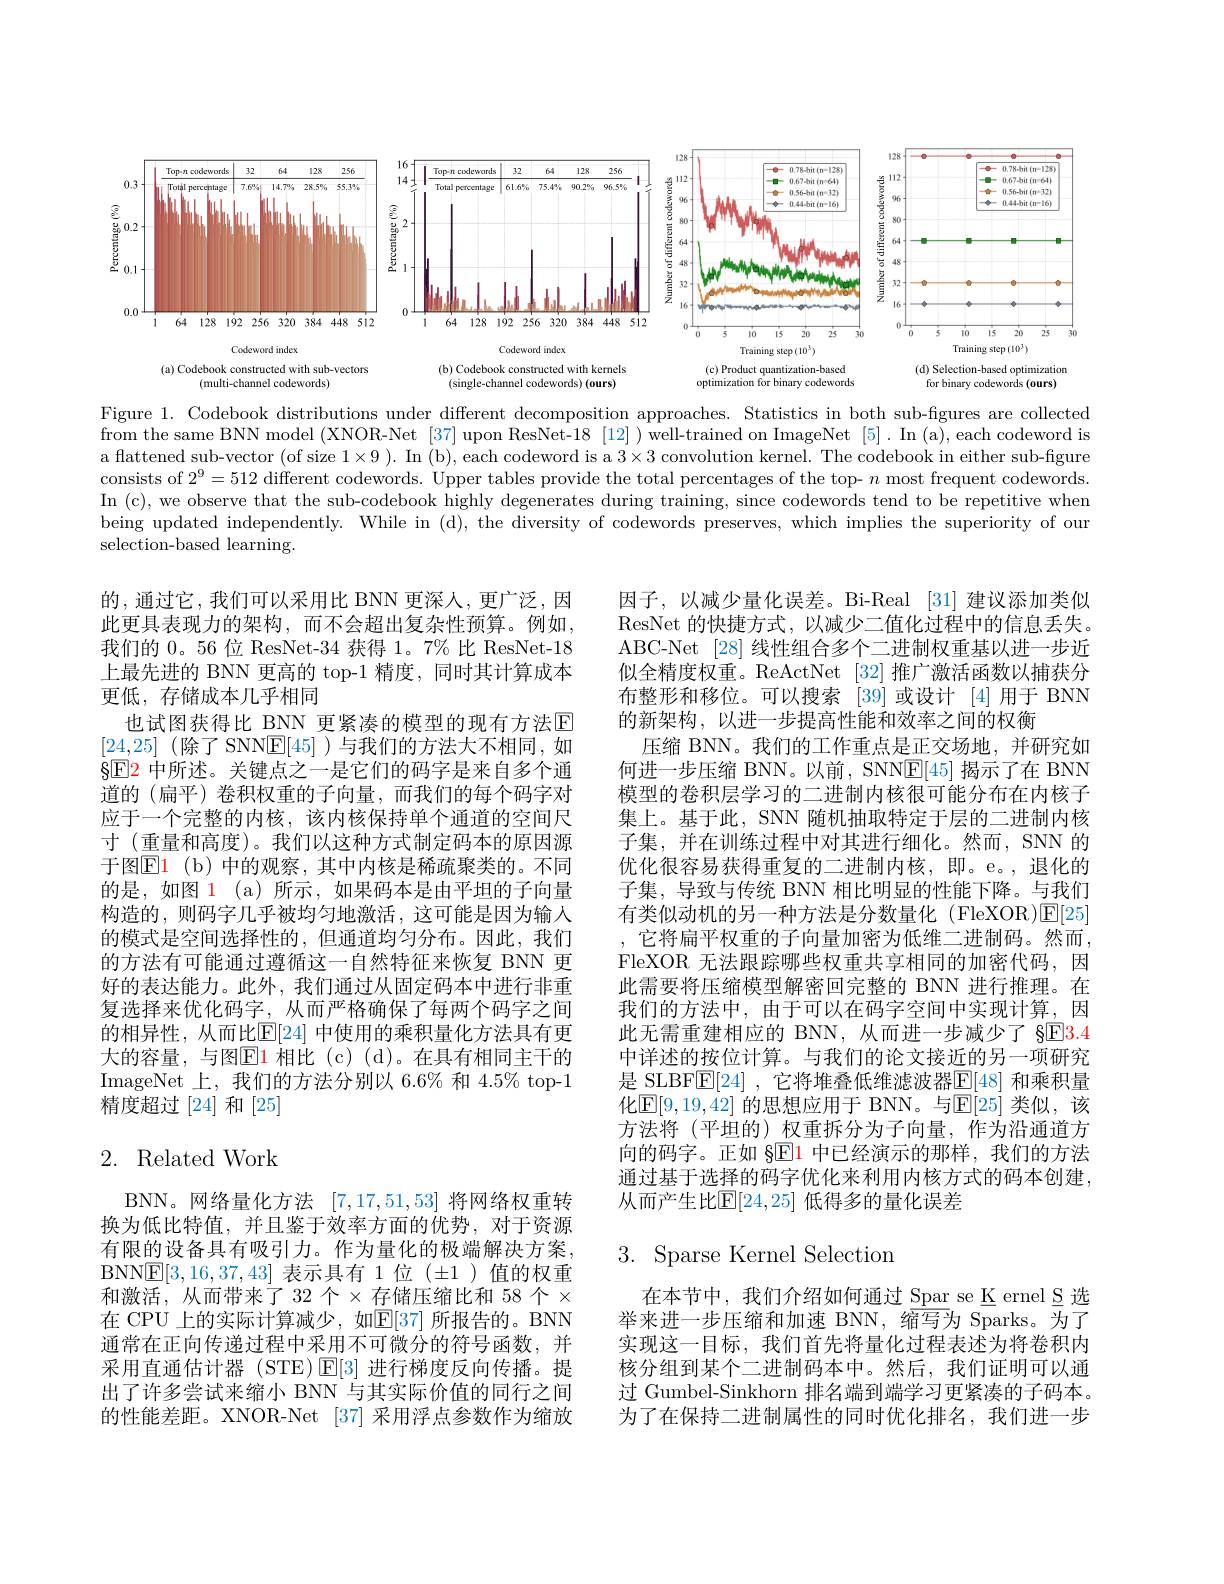
<FigureHere>

Figure 1. Codebook distributions under different decomposition approaches. Statistics in both sub-figures are collected from the same BNN model (XNOR-Net [37] upon ResNet-18 [12] ) well-trained on ImageNet [5] . In (a), each codeword is a flattened sub-vector (of size $1\times9).$ In (b), each codeword is a $3\times3$ convolution kernel. The codebook in either sub-figure consists of $2^9= 512$ different codewords. Upper tables provide the total percentages of the top- $n$ most frequent codewords In (c), we observe that the sub-codebook highly degenerates during training, since codewords tend to be repetitive when being updated independently. While in (d), the diversity of codewords preserves, which implies the superiority of our selection-based learning.

的，通过它，我们可以采用比 BNN 更深人，更广泛，因此更具表现力的架构，而不会超出复杂性预算。例如， 我们的0。56 位 ResNet-34 获得 1。7% 比 ResNet-18上最先进的 BNN 更高的 top-1 精度，同时其计算成本更低，存储成本几乎相同
也试图获得比 BNN 更紧凑的模型的现有方法$\mathbb{E}$ [24,25](除了SNN$\underline{\mathrm{E}}[45]$)与我们的方法大不相同，如$\S$E2 中所述。关键点之一是它们的码字是来自多个通道的 (扁平) 卷积权重的子向量，而我们的每个码字对应于一个完整的内核，该内核保持单个通道的空间尺寸 (重量和高度)。我们以这种方式制定码本的原因源于图E1 ( b) 中的观察，其中内核是稀疏聚类的。不同的是，如图 1 (a) 所示，如果码本是由平坦的子向量构造的，则码字几乎被均匀地激活，这可能是因为输入的模式是空间选择性的，但通道均匀分布。因此，我们的方法有可能通过遵循这一自然特征来恢复 BNN 更好的表达能力。此外，我们通过从固定码本中进行非重复选择来优化码字，从而严格确保了每两个码字之间的相异性，从而比$\mathbb{E}[24]$ 中使用的乘积量化方法具有更大的容量，与图$\underline{\mathrm{E}}$1 相比(c)(d)。在具有相同主干的ImageNet 上，我们的方法分别以 6.6% 和 4.5% top-1精度超过[24]和[25]

因子，以减少量化误差。Bi-Real [31] 建议添加类似ResNet 的快捷方式，以减少二值化过程中的信息丢失。ABC-Net [28] 线性组合多个二进制权重基以进一步近似全精度权重。ReActNet [32] 推广激活函数以捕获分布整形和移位。可以搜索[39]或设计[4]用于 BNN 的新架构，以进一步提高性能和效率之间的权衡
压缩 BNN。我们的工作重点是正交场地，并研究如何进一步压缩 BNN。以前，SNNE[45] 揭示了在 BNN 模型的卷积层学习的二进制内核很可能分布在内核子集上。基于此，SNN 随机抽取特定于层的二进制内核子集，并在训练过程中对其进行细化。然而，SNN 的优化很容易获得重复的二进制内核，即。e。,退化的子集，导致与传统 BNN 相比明显的性能下降。与我们有类似动机的另一种方法是分数量化 (FleXOR)$\mathsf{E}[25]$ , 它将扁平权重的子向量加密为低维二进制码。然而， FleXOR 无法跟踪哪些权重共享相同的加密代码，因此需要将压缩模型解密回完整的 BNN 进行推理。在我们的方法中，由于可以在码字空间中实现计算，因此无需重建相应的 BNN, 从而进一步减少了 §E3.4中详述的按位计算。与我们的论文接近的另一项研究是 SLBF$\overline{\mathrm{E}}[24]$ ,它将堆叠低维滤波器$\overline{\mathrm{E}}[48]$ 和乘积量化E[9,19,42] 的思想应用于 BNN。与E[25] 类似，该方法将(平坦的)权重拆分为子向量，作为沿通道方向的码字。正如 §E1 中已经演示的那样，我们的方法通过基于选择的码字优化来利用内核方式的码本创建， 从而产生比$\mathbb{E}[24,25]$ 低得多的量化误差

## 2. Related Work

## $3.{\mathrm{~Sparse~Kernel~Selection}}$

BNN。网络量化方法[7,17,51,53]将网络权重转换为低比特值，并且鉴于效率方面的优势，对于资源有限的设备具有吸引力。作为量化的极端解决方案， BNN$\underline{\mathbb{E}}[3,16,37,43]$表示具有 1位$(\pm1)$值的权重和激活，从而带来了32个$\times$存储压缩比和 58 个 $\times$ 在 CPU 上的实际计算减少，如$\mathbb{E}[37]$ 所报告的。BNN 通常在正向传递过程中采用不可微分的符号函数，并采用直通估计器 (STE)$\operatorname{E}[3]$进行梯度反向传播。提出了许多尝试来缩小 BNN 与其实际价值的同行之间的性能差距。XNOR-Net [37] 采用浮点参数作为缩放

在本节中，我们介绍如何通过 Spar se K ernel S 选举来进一步压缩和加速 BNN,缩写为 Sparks。为了实现这一目标，我们首先将量化过程表述为将卷积内核分组到某个二进制码本中。然后，我们证明可以通过 Gumbel-Sinkhorn 排名端到端学习更紧凑的子码本。为了在保持二进制属性的同时优化排名，我们进一步